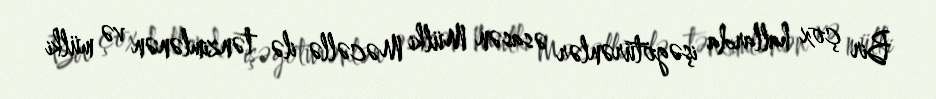
Bir çox hallarda işəgötürənlər əsasən Mülki Məcəllə ilə tənzimlənən və mülki